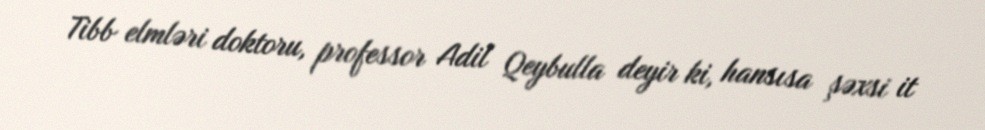
Tibb elmləri doktoru, professor Adil Qeybulla deyir ki, hansısa şəxsi it